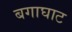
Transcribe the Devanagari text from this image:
बगाघाट